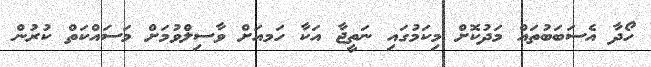
ހޯދާ އެސަބަބުތައް މަދުކޮށް މިކަމުގައި ނަތީޖާ އަކާ ހަމއަށް ވާސިލްވުމަށް މަސައްކަތް ކުރުން